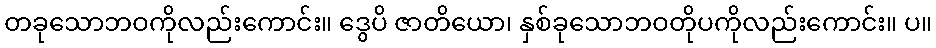
တခုသောဘဝကိုလည်းကောင်း။ ဒွေပိ ဇာတိယော၊ နှစ်ခုသောဘဝတိုပကိုလည်းကောင်း။ ပ။